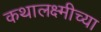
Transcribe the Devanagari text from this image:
कथालक्ष्मीच्या